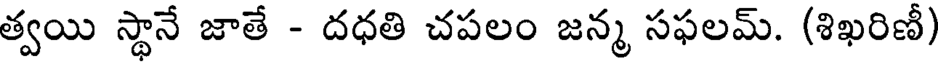
త్వయి స్థానే జాతే - దధతి చపలం జన్మ సఫలమ్. (శిఖరిణీ)